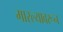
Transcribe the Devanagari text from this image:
मारल्यावरून